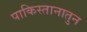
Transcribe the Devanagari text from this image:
पाकिस्तानातुन